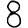
Digit: 8